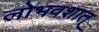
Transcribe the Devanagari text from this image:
लोभवशात्